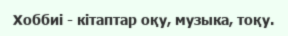
Хоббиі - кітаптар оқу, музыка, тоқу.